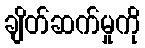
ချိတ်ဆက်မှုကို